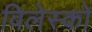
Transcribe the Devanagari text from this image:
विलेस्को